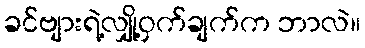
ခင်ဗျားရဲ့လျှို့ဝှက်ချက်က ဘာလဲ။